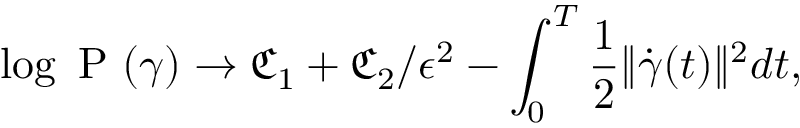
\log \mathrm { ~ P ~ } ( \gamma ) \rightarrow \mathfrak { C } _ { 1 } + \mathfrak { C } _ { 2 } / \epsilon ^ { 2 } - \int _ { 0 } ^ { T } \frac { 1 } { 2 } \| \dot { \gamma } ( t ) \| ^ { 2 } d t ,